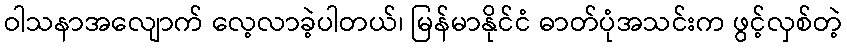
ဝါသနာအလျောက် လေ့လာခဲ့ပါတယ်၊ မြန်မာနိုင်ငံ ဓာတ်ပုံအသင်းက ဖွင့်လှစ်တဲ့